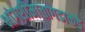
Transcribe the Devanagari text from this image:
भांगशीमातागडाकडे